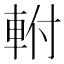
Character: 軵